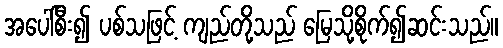
အပေါ်စီး၍ ပစ်သဖြင့် ကျည်တို့သည် မြေသို့စိုက်၍ဆင်းသည်။